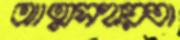
আত্মসহায়তা